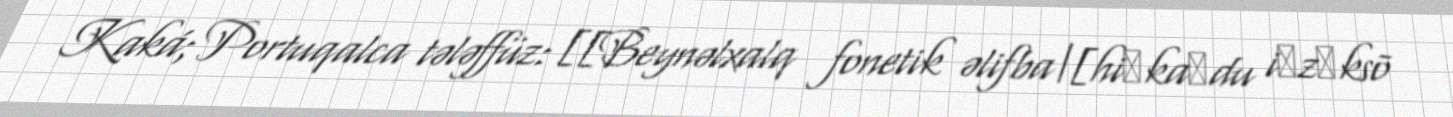
Kaká; Portuqalca tələffüz: [[Beynəlxalq fonetik əlifba|[hiˈkaɾdu iˈzɛksõ